Annual report of the Imperial Bacteriologist
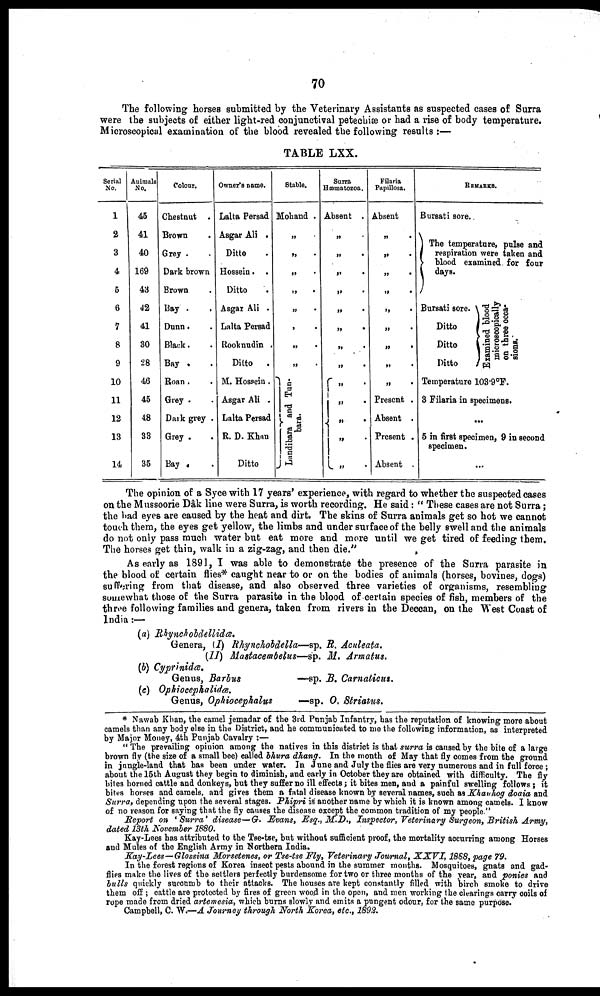
70
The following horses submitted by the Veterinary Assistants as suspected cases of Surra
were the subjects of either light-red conjunctival petechiæ or had a rise of body temperature.
Microscopical examination of the blood revealed the following results:—
TABLE LXX.
Serial
No.
1
2
3
4
5
6
7
8
9
10
11
12
13
14
Animals
No.
45
41
40
169
43
42
41
30
28
46
45
48
33
35
Colour.
Chestnut .
Brown
Grey .
Dark brown
Brown
Bay .
Dunn.
Black.
Bay .
Roan.
Grey .
Dark grey .
Grey .
Bay .
Owner's name.
Lalta Persad
Asgar Ali .
Ditto
Hossein. .
Ditto
Asgar Ali .
Lalta Persad
Rooknudin .
Ditto
.
M. Hossein.
Asgar Ali .
Lalta Persad
R. D. Khan
Ditto
Stable.
Mohand .
„
„ .
„
„ .
„
.
„ .
„ .
„ .
} Landiabra and Tunbara.
Surra
Hæmatozoa.
Absent .
„
„
.
„
.
„
.
„
.
„
.
„
.
„
.
„
.
{„.
„.
„.
„.
Filaria
Papillosa.
Absent
„
.
„
.
„
.
„ .
„
.
„
.
„
.
„
.
„
.
Present .
Absent .
Present .
Absent .
Bursati sore.
REMARKS
The temperature, pulse and
respiration were taken and
} blood examined, for four
days.
Bursati sore.
Ditto
Ditto
Ditto
Examined blood
microscopically
on three occa-
sions.
Temperature 103.9°F.
3 Filaria in specimens.
...
5 in first specimen, 9 in second
specimen.
...
The opinion of a Syce with 17 years' experience, with regard to whether the suspected cases
on the Mussoorie Dâk line were Surra, is worth recording. He said: " These cases are not Surra;
the bad eyes are caused by the heat and dirt. The skins of Surra animals get so hot we cannot
touch them, the eyes get yellow, the limbs and under surface of the belly swell and the animals
do not only pass much water but eat more and more until we get tired of feeding them.
The horses get thin, walk in a zig-zag, and then die."
As early as 1891, I was able to demonstrate the presence of the Surra parasite in
the blood of certain flies* caught near to or on the bodies of animals (horses, bovines, dogs)
suffering from that disease, and also observed three varieties of organisms, resembling
somewhat those of the Surra parasite in the blood of certain species of fish, members of the
three following families and genera, taken from rivers in the Deccan, on the West Coast of
India:—
(a) Rhynchobdellidæ.
Genera, (I) Rhynchobdella—sp. R. Aculeata.
(II) Mastacembelus—sp. M. Armatus.
(b) Cyprinidæ.
Genus, Barbus
—sp. B. Carnaticus.
(c) Ophiocephalidæ.
Genus, Ophiocephalus
—sp. O. Striatus.
* Nawab Khan, the camel jemadar of the 3rd Punjab Infantry, has the reputation of knowing more about
camels than any body else in the District, and he communicated to me the following information, as interpreted
by Major Money, 4th Punjab Cavalry :—
" The prevailing opinion among the natives in this district is that surra is caused by the bite of a large
brown fly (the size of a small bee) called bhura dhang.
In the month of May that fly comes from the ground
in jungle-land that has been under water. In June and July the flies are very numerous and in full force;
about the 15th August they begin to diminish, and early in October they are obtained with difficulty. The fly
bites horned cattle and donkeys, but they suffer no ill effects; it bites men, and a painful swelling follows ; it
bites horses and camels, and gives them a fatal disease known by several names, such as Khauhog doaia and
Surra, depending upon the several stages. Phipri is another name by which it is known among camels. I know
of no reason for saying that the fly causes the disease except the common tradition of my people."
Report on ' Surra' disease—G. Evans, Esq., M.D., Inspector, Veterinary Surgeon, British Army,
dated 13th November 1880.
Kay-Lees has attributed to the Tse-tse, but without sufficient proof, the mortality accurring among Horses
and Mules of the English Army in Northern India.
Kay-Lees—Glossina Morsetenes, or Tse-tse Fly, Veterinary Journal, XXVI, 1888, page 79.
In the forest regions of Korea insect pests abound in the summer months. Mosquitoes, gnats and gad-
flies make the lives of the settlers perfectly burdensome for two or three months of the year, and ponies and
bulls quickly succumb to their attacks. The houses are kept constantly filled with birch smoke to drive
them off; cattle are protected by fires of green wood in the open, and men working the clearings carry coils of
rope made from dried artemesia, which burns slowly and emits a pungent odour, for the same purpose.
Campbell, C. W.—A Journey through North Korea, etc., 1892.